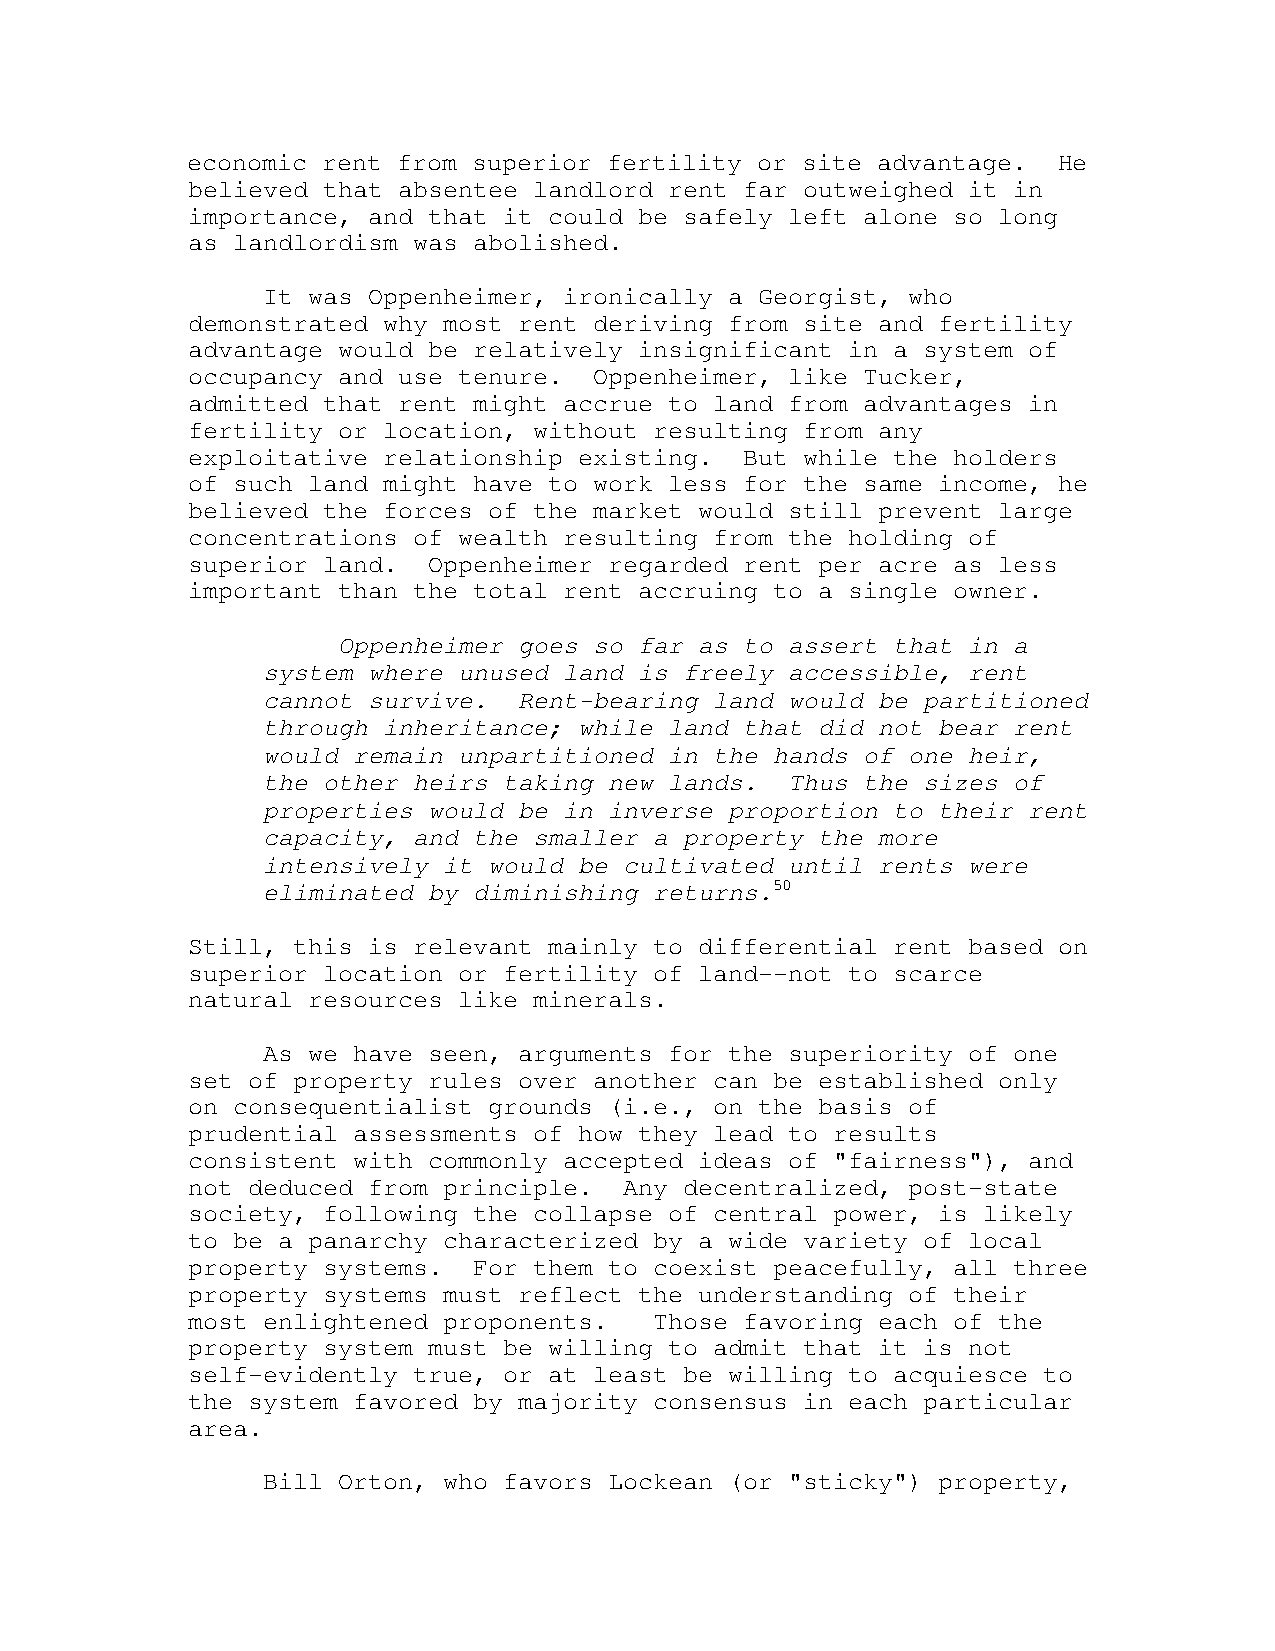
economic rent from superior fertility or site advantage.  He
 believed that absentee landlord rent far outweighed it in
 importance, and that it could be safely left alone so long
 as landlordism was abolished.
 It was Oppenheimer, ironically a Georgist, who
 demonstrated why most rent deriving from site and fertility
 advantage would be relatively insignificant in a system of
 occupancy and use tenure.  Oppenheimer, like Tucker,
 admitted that rent might accrue to land from advantages in
 fertility or location, without resulting from any
 exploitative relationship existing.  But while the holders
 of such land might have to work less for the same income, he
 believed the forces of the market would still prevent large
 concentrations of wealth resulting from the holding of
 superior land.  Oppenheimer regarded rent per acre as less
 important than the total rent accruing to a single owner.
 Oppenheimer goes so far as to assert that in a
 system where unused land is freely accessible, rent
 cannot survive.  Rent-bearing land would be partitioned
 through inheritance; while land that did not bear rent
 would remain unpartitioned in the hands of one heir,
 the other heirs taking new lands.  Thus the sizes of
 properties would be in inverse proportion to their rent
 capacity, and the smaller a property the more
 intensively it would be cultivated until rents were
 eliminated by diminishing returns.50
 Still, this is relevant mainly to differential rent based on
 superior location or fertility of land--not to scarce
 natural resources like minerals.
 As we have seen, arguments for the superiority of one
 set of property rules over another can be established only
 on consequentialist grounds (i.e., on the basis of
 prudential assessments of how they lead to results
 consistent with commonly accepted ideas of "fairness"), and
 not deduced from principle.  Any decentralized, post-state
 society, following the collapse of central power, is likely
 to be a panarchy characterized by a wide variety of local
 property systems.  For them to coexist peacefully, all three
 property systems must reflect the understanding of their
 most enlightened proponents.   Those favoring each of the
 property system must be willing to admit that it is not
 self-evidently true, or at least be willing to acquiesce to
 the system favored by majority consensus in each particular
 area.
 Bill Orton, who favors Lockean (or "sticky") property,